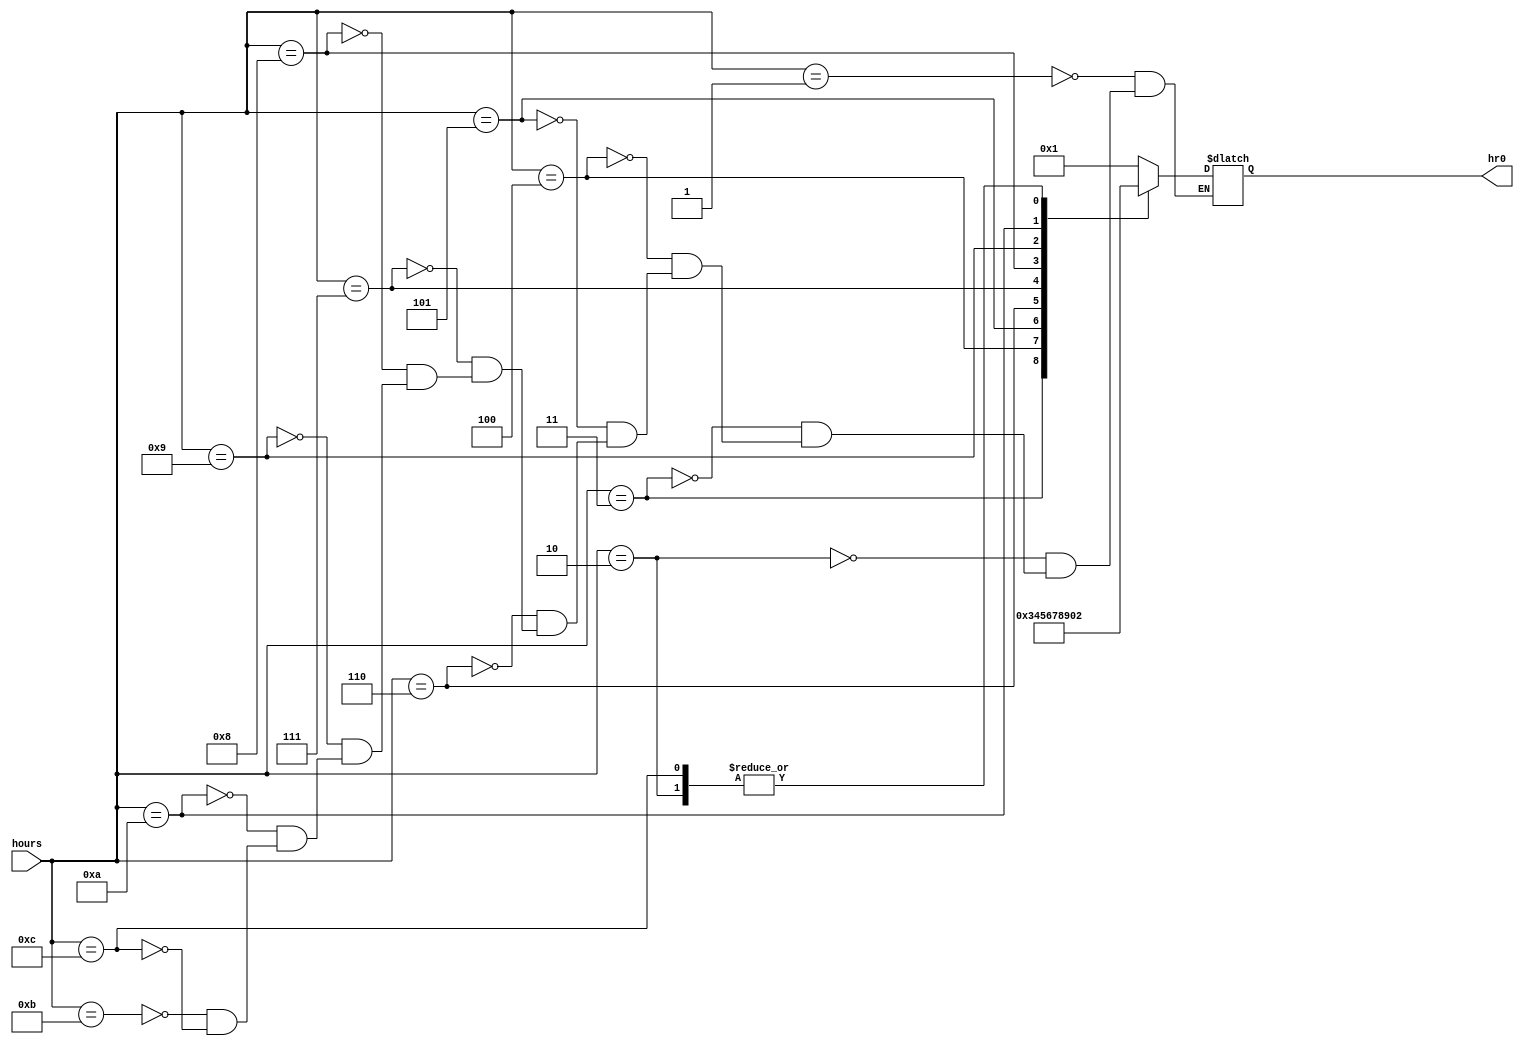
`timescale 1ns / 1ps

// For 7-segment display clock
// Authored by David J Marion

module seg_hr0(
    input [3:0] hours,
    output reg [3:0] hr0
    );
    
    always @(hours) begin
        case(hours)
            1   :   hr0 = 1;
            2   :   hr0 = 2;
            3   :   hr0 = 3;
            4   :   hr0 = 4;
            5   :   hr0 = 5;
            6   :   hr0 = 6;
            7   :   hr0 = 7;
            8   :   hr0 = 8;
            9   :   hr0 = 9;
            10  :   hr0 = 0;
            11  :   hr0 = 1;
            12  :   hr0 = 2;
        endcase
    end
endmodule